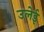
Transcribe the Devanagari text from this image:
उलेई